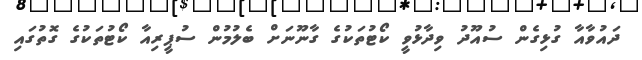
ދައުވާއާ ގުޅިގެން ސުއޫދު ވިދާޅުވީ ކޯޓުތަކުގެ ގާނޫނަށް ބެލުމުން ސުޕީރިއާ ކޯޓުތަކުގެ ގޮތުގައި